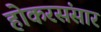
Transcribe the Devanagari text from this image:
होकरसंसार